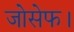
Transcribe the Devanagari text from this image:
जोसेफ।